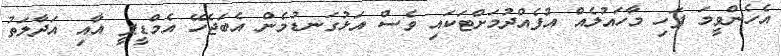
އެހެންވީމަ ފަހި މާހައުލެއް އުފެއްދުމަށްޓަކައި ވެސް އަޅުގަނޑުމެން އެބަޖެހޭ އެމްޑީޕީ އާއި އަދާލަތު